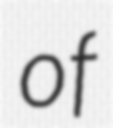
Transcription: of